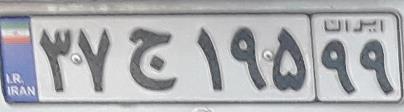
۳۷ج۱۹۵۹۹